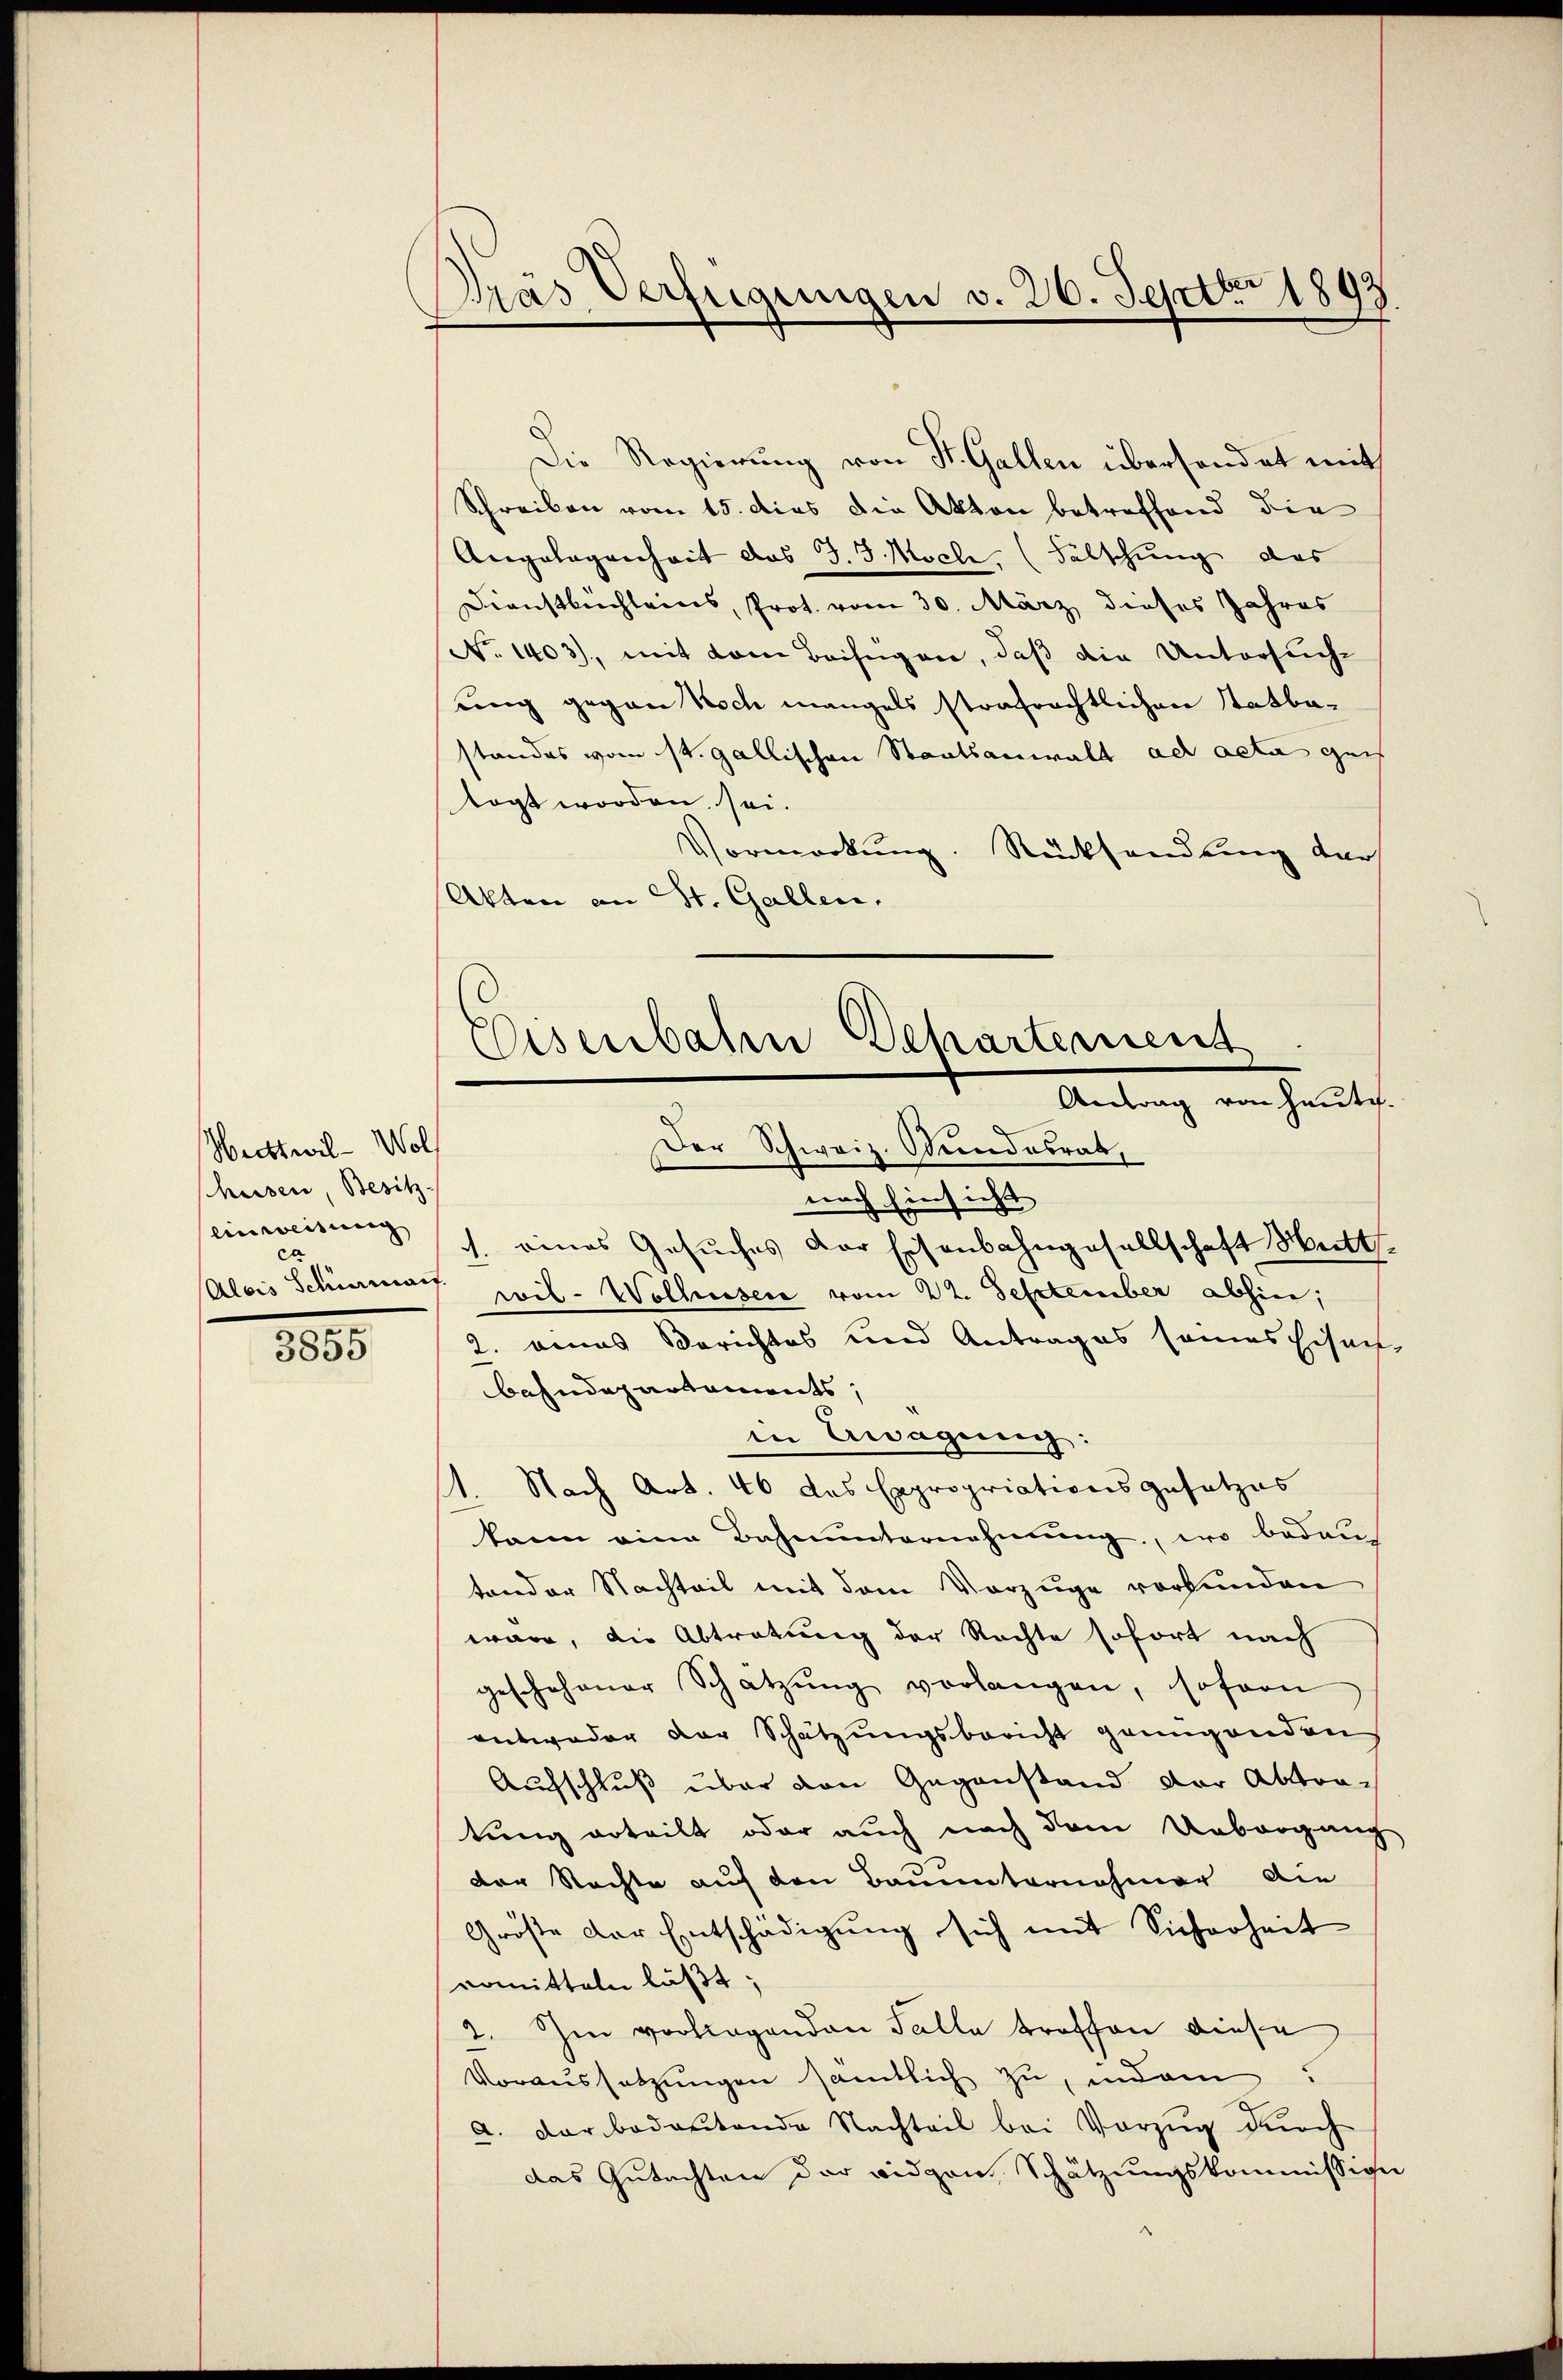
Wecttwil- Wol
husen, Besitz
Einweisung
ca
Alois Schienans

.
3850

Das Verfügungen v. 26. Septbr 1893

Die Regierung von St. Gallen übersendet mit
Schreiben vom 15. dies die Akten betreffend die
Angelegenheit das J. J. Moch, (Fälschung das
Dienstbuchleins, Prot. vom 30. März dieses Jahres
No. 1403), mit dem Beifügen, daß die Untersuche
ung gegen Tisch mangels strafrechtlichen Statbastandes vom St. Gallischen Staatsanwalt ad acta gen
tagt worden sei.
Vormerkung. Rücksendung der
Akten an St. Gallen.

Eisenbahn Departement
Antrag von heute.
Der Schweiz. Stundesrat,

nach Einsicht
1. eines Gesuches der Eisenbahngesellschaft Wett
wil- Wolhussere vom 22. September abhin,
2. eines Berichtes und Antrages sames Eisen
bahndepartements
in Erwägung
1. Nach Art. 46 das Expropriationsgesetzes
kann eine Bahnunternehmung, wo bedautander Nachteil mit dem Vorzuge vorkunden
wäre, die Abtretung der Rechte sofort nach
geschehener Schatzŭng vorlangen, sofern
entweder der Schätzungsbericht genügenden
Aufschluß über den Gegenstand der Abtratung erteilt oder auch nach dem Uebergang
der Stachte auf den Bauunternehmer die
Größe der Entschädigung sich mit Sicherheit
ermitteln läßt;
2. Im vorliegenden Falle troffen diese
Voraussetzŭngen sämtlich zu, indem
a. Darbodoutende Nachteil bei Vorzug durch
das Gutachten der eidgen Schätzungskommission